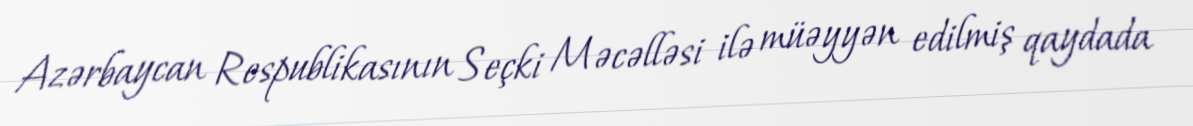
Azərbaycan Respublikasının Seçki Məcəlləsi ilə müəyyən edilmiş qaydada